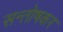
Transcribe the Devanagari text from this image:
सन्तोषकर